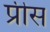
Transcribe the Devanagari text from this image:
प्रीस